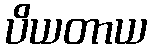
ပိယတာယ